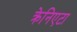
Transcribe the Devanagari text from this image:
क्रेनिएटा